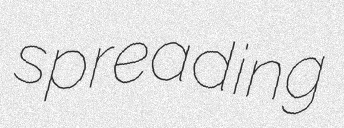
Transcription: spreading